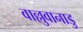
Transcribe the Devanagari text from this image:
वाल्लुवानाडु